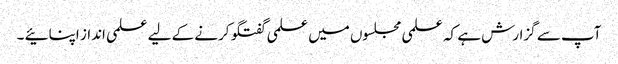
آپ سے گزارش ہے کہ علمی مجلسوں میں علمی گفتگو کرنے کے لیے علمی انداز اپنائیے ۔